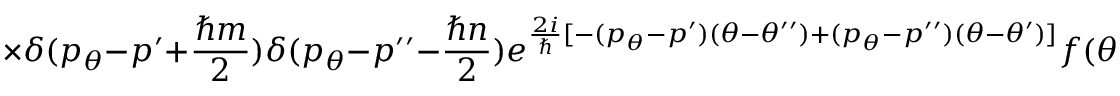
\times \delta ( p _ { \theta } - p ^ { \prime } + \frac { \hbar m } { 2 } ) \delta ( p _ { \theta } - p ^ { \prime \prime } - \frac { \hbar n } { 2 } ) e ^ { \frac { 2 i } { \hbar } [ - ( p _ { \theta } - p ^ { \prime } ) ( \theta - \theta ^ { \prime \prime } ) + ( p _ { \theta } - p ^ { \prime \prime } ) ( \theta - \theta ^ { \prime } ) ] } f ( \theta ^ { \prime } , p ^ { \prime } ) g ( \theta ^ { \prime \prime } , p ^ { \prime \prime } ) .